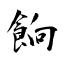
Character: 餉